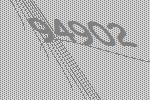
94902